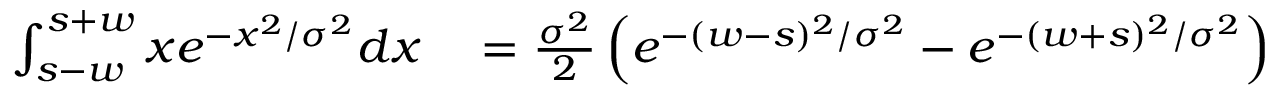
\begin{array} { r l } { \int _ { s - w } ^ { s + w } x e ^ { - x ^ { 2 } / \sigma ^ { 2 } } d x } & { { } = \frac { \sigma ^ { 2 } } { 2 } \left( e ^ { - ( w - s ) ^ { 2 } / \sigma ^ { 2 } } - e ^ { - ( w + s ) ^ { 2 } / \sigma ^ { 2 } } \right) } \end{array}